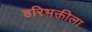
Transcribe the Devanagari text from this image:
हरिभक्तीला